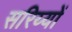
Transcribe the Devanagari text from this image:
सरिय्यों